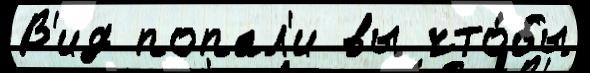
В'ид попал'и вы что́бы